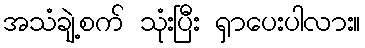
အသံချဲ့စက် သုံးပြီး ရှာပေးပါလား။